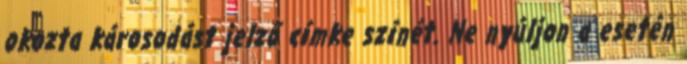
okozta károsodást jelző címke színét. Ne nyúljon a esetén